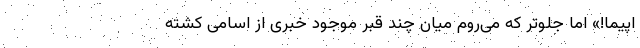
اپیما!» اما جلوتر که می‌روم میان چند قبر موجود خبری از اسامی کشته